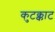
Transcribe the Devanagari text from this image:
कुटक्काट